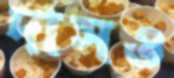
দাসও